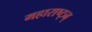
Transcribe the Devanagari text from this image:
महाराष्ट्न्